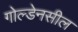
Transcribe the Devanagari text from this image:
गोल्डेनसील